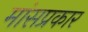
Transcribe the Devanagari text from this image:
मांसप्रकार